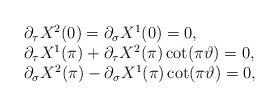
LaTeX: \begin{align*}\begin{array}{l}\partial_{\tau}X^{2}(0)=\partial_{\sigma}X^{1}(0)=0, \\\partial_{\tau}X^{1}(\pi)+\partial_{\tau}X^{2}(\pi)\cot(\pi\vartheta)=0, \\\partial_{\sigma}X^{2}(\pi)-\partial_{\sigma}X^{1}(\pi)\cot(\pi\vartheta)=0,\end{array}\end{align*}